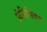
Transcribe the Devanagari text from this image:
फ्रंसिसिकन